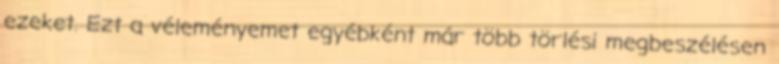
ezeket. Ezt a véleményemet egyébként már több törlési megbeszélésen